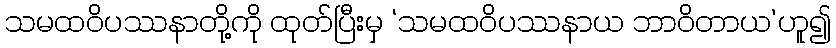
သမထဝိပဿနာတို့ကို ထုတ်ပြီးမှ ‘သမထဝိပဿနာယ ဘာဝိတာယ’ဟူ၍